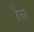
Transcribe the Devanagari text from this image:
रैन।